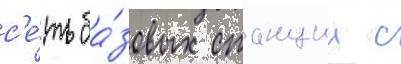
с'е́ть ба́зовых станции с